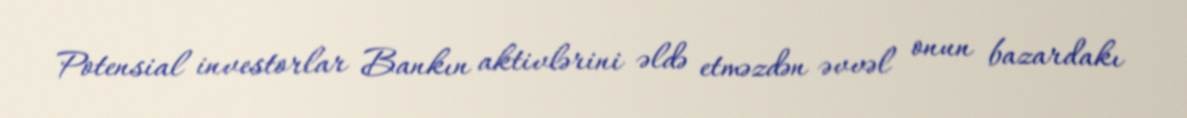
Potensial investorlar Bankın aktivlərini əldə etməzdən əvvəl onun bazardakı